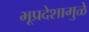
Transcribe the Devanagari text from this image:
भूप्रदेशामुळे